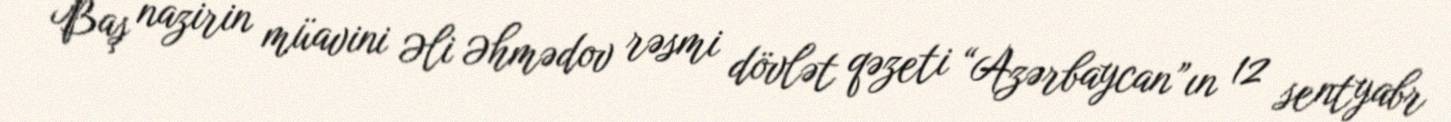
Baş nazirin müavini Əli Əhmədov rəsmi dövlət qəzeti “Azərbaycan”ın 12 sentyabr